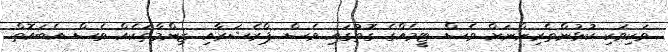
ވަކިވަކި ކުޅުންތެރިންނަށް ވެސް ޓީމެއްގެ ގޮތުގައި ވެސް ޕްރެޝަރާއި ޒިންމާތަކެއް ވެސް އެބައޮތް.